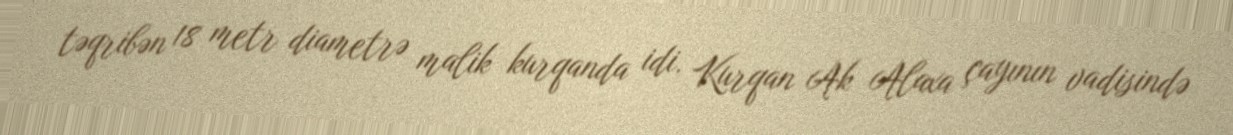
təqribən 18 metr diametrə malik kurqanda idi. Kurqan Ak Alaxa çayının vadisində